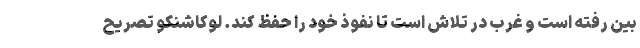
بین رفته است و غرب در تلاش است تا نفوذ خود را حفظ کند. لوکاشنکو تصریح